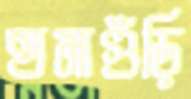
হামাগুঁড়ি